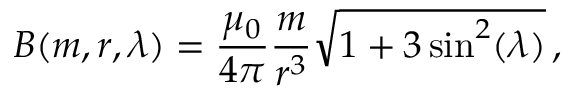
B ( m , r , \lambda ) = { \frac { \mu _ { 0 } } { 4 \pi } } { \frac { m } { r ^ { 3 } } } { \sqrt { 1 + 3 \sin ^ { 2 } ( \lambda ) } } \, ,